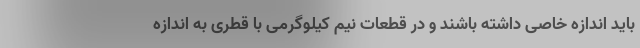
باید اندازه خاصی داشته باشند و در قطعات نیم کیلوگرمی با قطری به اندازه